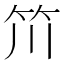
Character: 𥫨